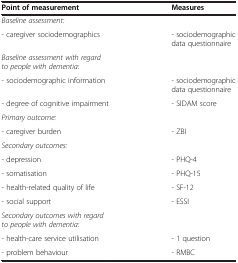
<table><thead><tr><td><b>Point of measurement</b></td><td><b>Measures</b></td></tr></thead><tbody><tr><td><i>Baseline assessment:</i></td><td> </td></tr><tr><td>- caregiver sociodemographics</td><td>- sociodemographic data questionnaire</td></tr><tr><td><i>Baseline assessment with regard to people with dementia:</i></td><td> </td></tr><tr><td>- sociodemographic information</td><td>- sociodemographic data questionnaire</td></tr><tr><td>- degree of cognitive impairment</td><td>- SIDAM score</td></tr><tr><td><i>Primary outcome:</i></td><td> </td></tr><tr><td>- caregiver burden</td><td>- ZBI</td></tr><tr><td><i>Secondary outcomes:</i></td><td> </td></tr><tr><td>- depression</td><td>- PHQ-4</td></tr><tr><td>- somatisation</td><td>- PHQ-15</td></tr><tr><td>- health-related quality of life</td><td>- SF-12</td></tr><tr><td>- social support</td><td>- ESSI</td></tr><tr><td><i>Secondary outcomes with regard to people with dementia:</i></td><td> </td></tr><tr><td>- health-care service utilisation</td><td>- 1 question</td></tr><tr><td>- problem behaviour</td><td>- RMBC</td></tr></tbody></table>